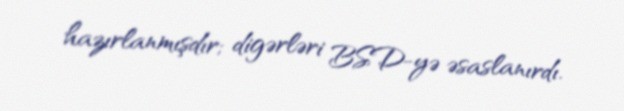
hazırlanmışdır; digərləri BSD-yə əsaslanırdı.